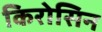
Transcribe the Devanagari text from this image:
किरोसिन